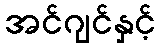
အင်ဂျင်နှင့်